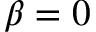
\beta = 0